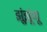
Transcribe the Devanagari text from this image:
झूंझूंणू